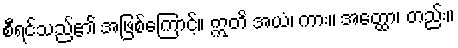
စီရင်သည်၏ အဖြစ်ကြောင့်။ ဣတိ အယံ၊ ကား။ အတ္ထော၊ တည်း။